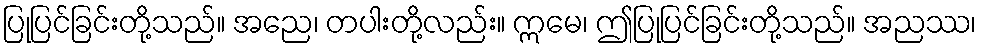
ပြုပြင်ခြင်းတို့သည်။ အညေ၊ တပါးတို့လည်း။ ဣမေ၊ ဤပြုပြင်ခြင်းတို့သည်။ အညဿ၊